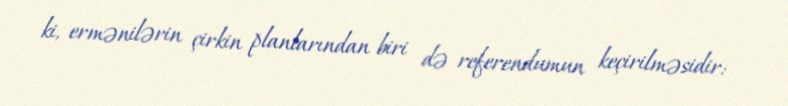
ki, ermənilərin çirkin planlarından biri də referendumun keçirilməsidir: